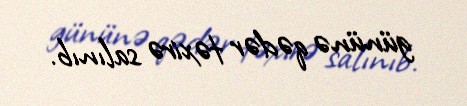
gününə qədər təxirə salınıb.